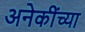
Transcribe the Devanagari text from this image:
अनेकींच्या